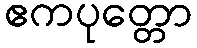
ဧကပုတ္တော